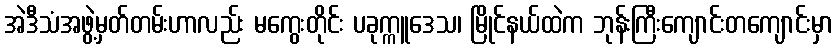
အဲဒီသံအဖွဲ့မှတ်တမ်းဟာလည်း မကွေးတိုင်း ပခုက္ကူဒေသ၊ မြိုင်နယ်ထဲက ဘုန်းကြီးကျောင်းတကျောင်းမှာ